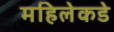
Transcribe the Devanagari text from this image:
महिलेकडे